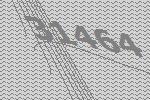
31464